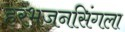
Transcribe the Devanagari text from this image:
हरभजनसिंगला